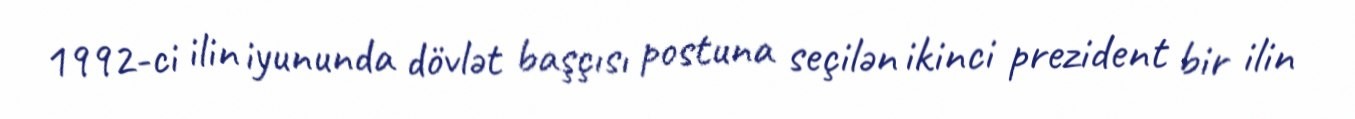
1992-ci ilin iyununda dövlət başçısı postuna seçilən ikinci prezident bir ilin